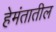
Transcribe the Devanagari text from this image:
हेमंतातील